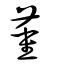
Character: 董